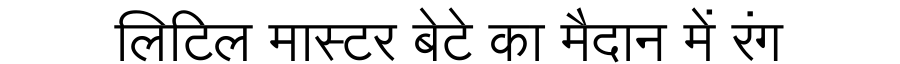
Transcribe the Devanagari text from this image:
लिटिल मास्टर बेटे का मैदान में रंग